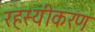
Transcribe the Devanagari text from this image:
रहस्यीकरण